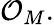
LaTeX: {\mathcal{O}}_{M}.